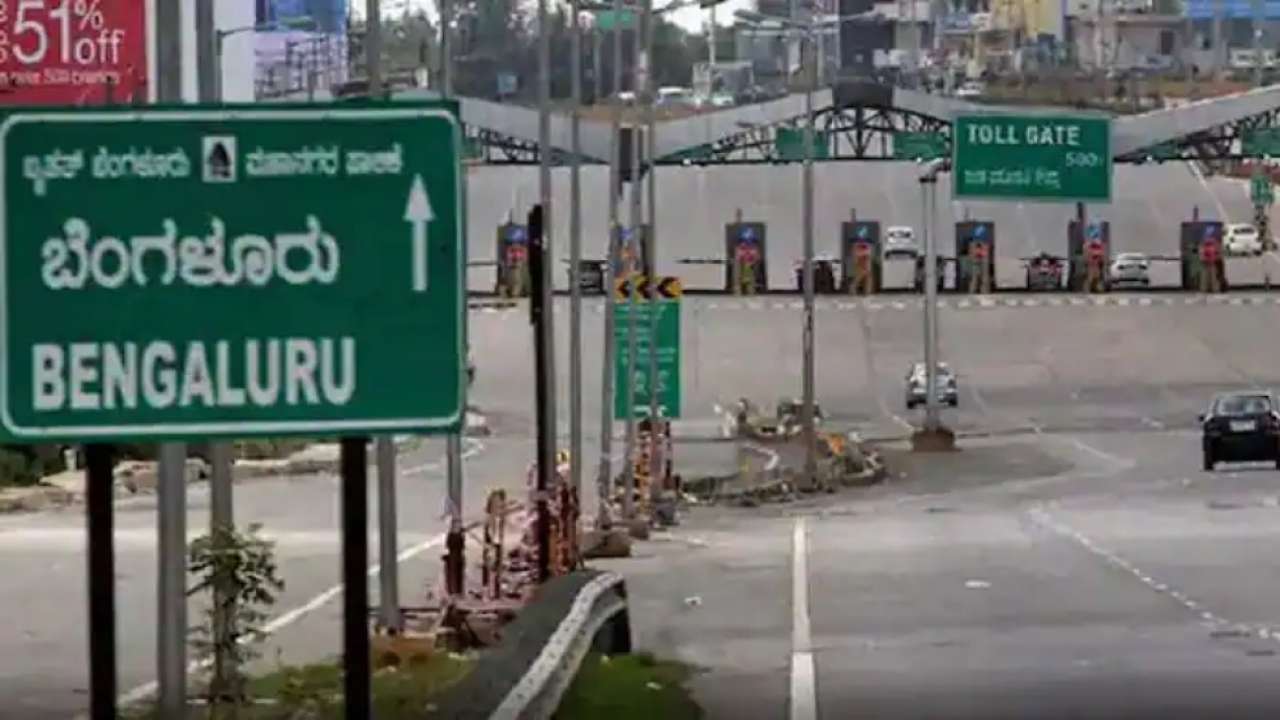
Language: kannada
Transcription: ಬೆಂಗಳೂರು